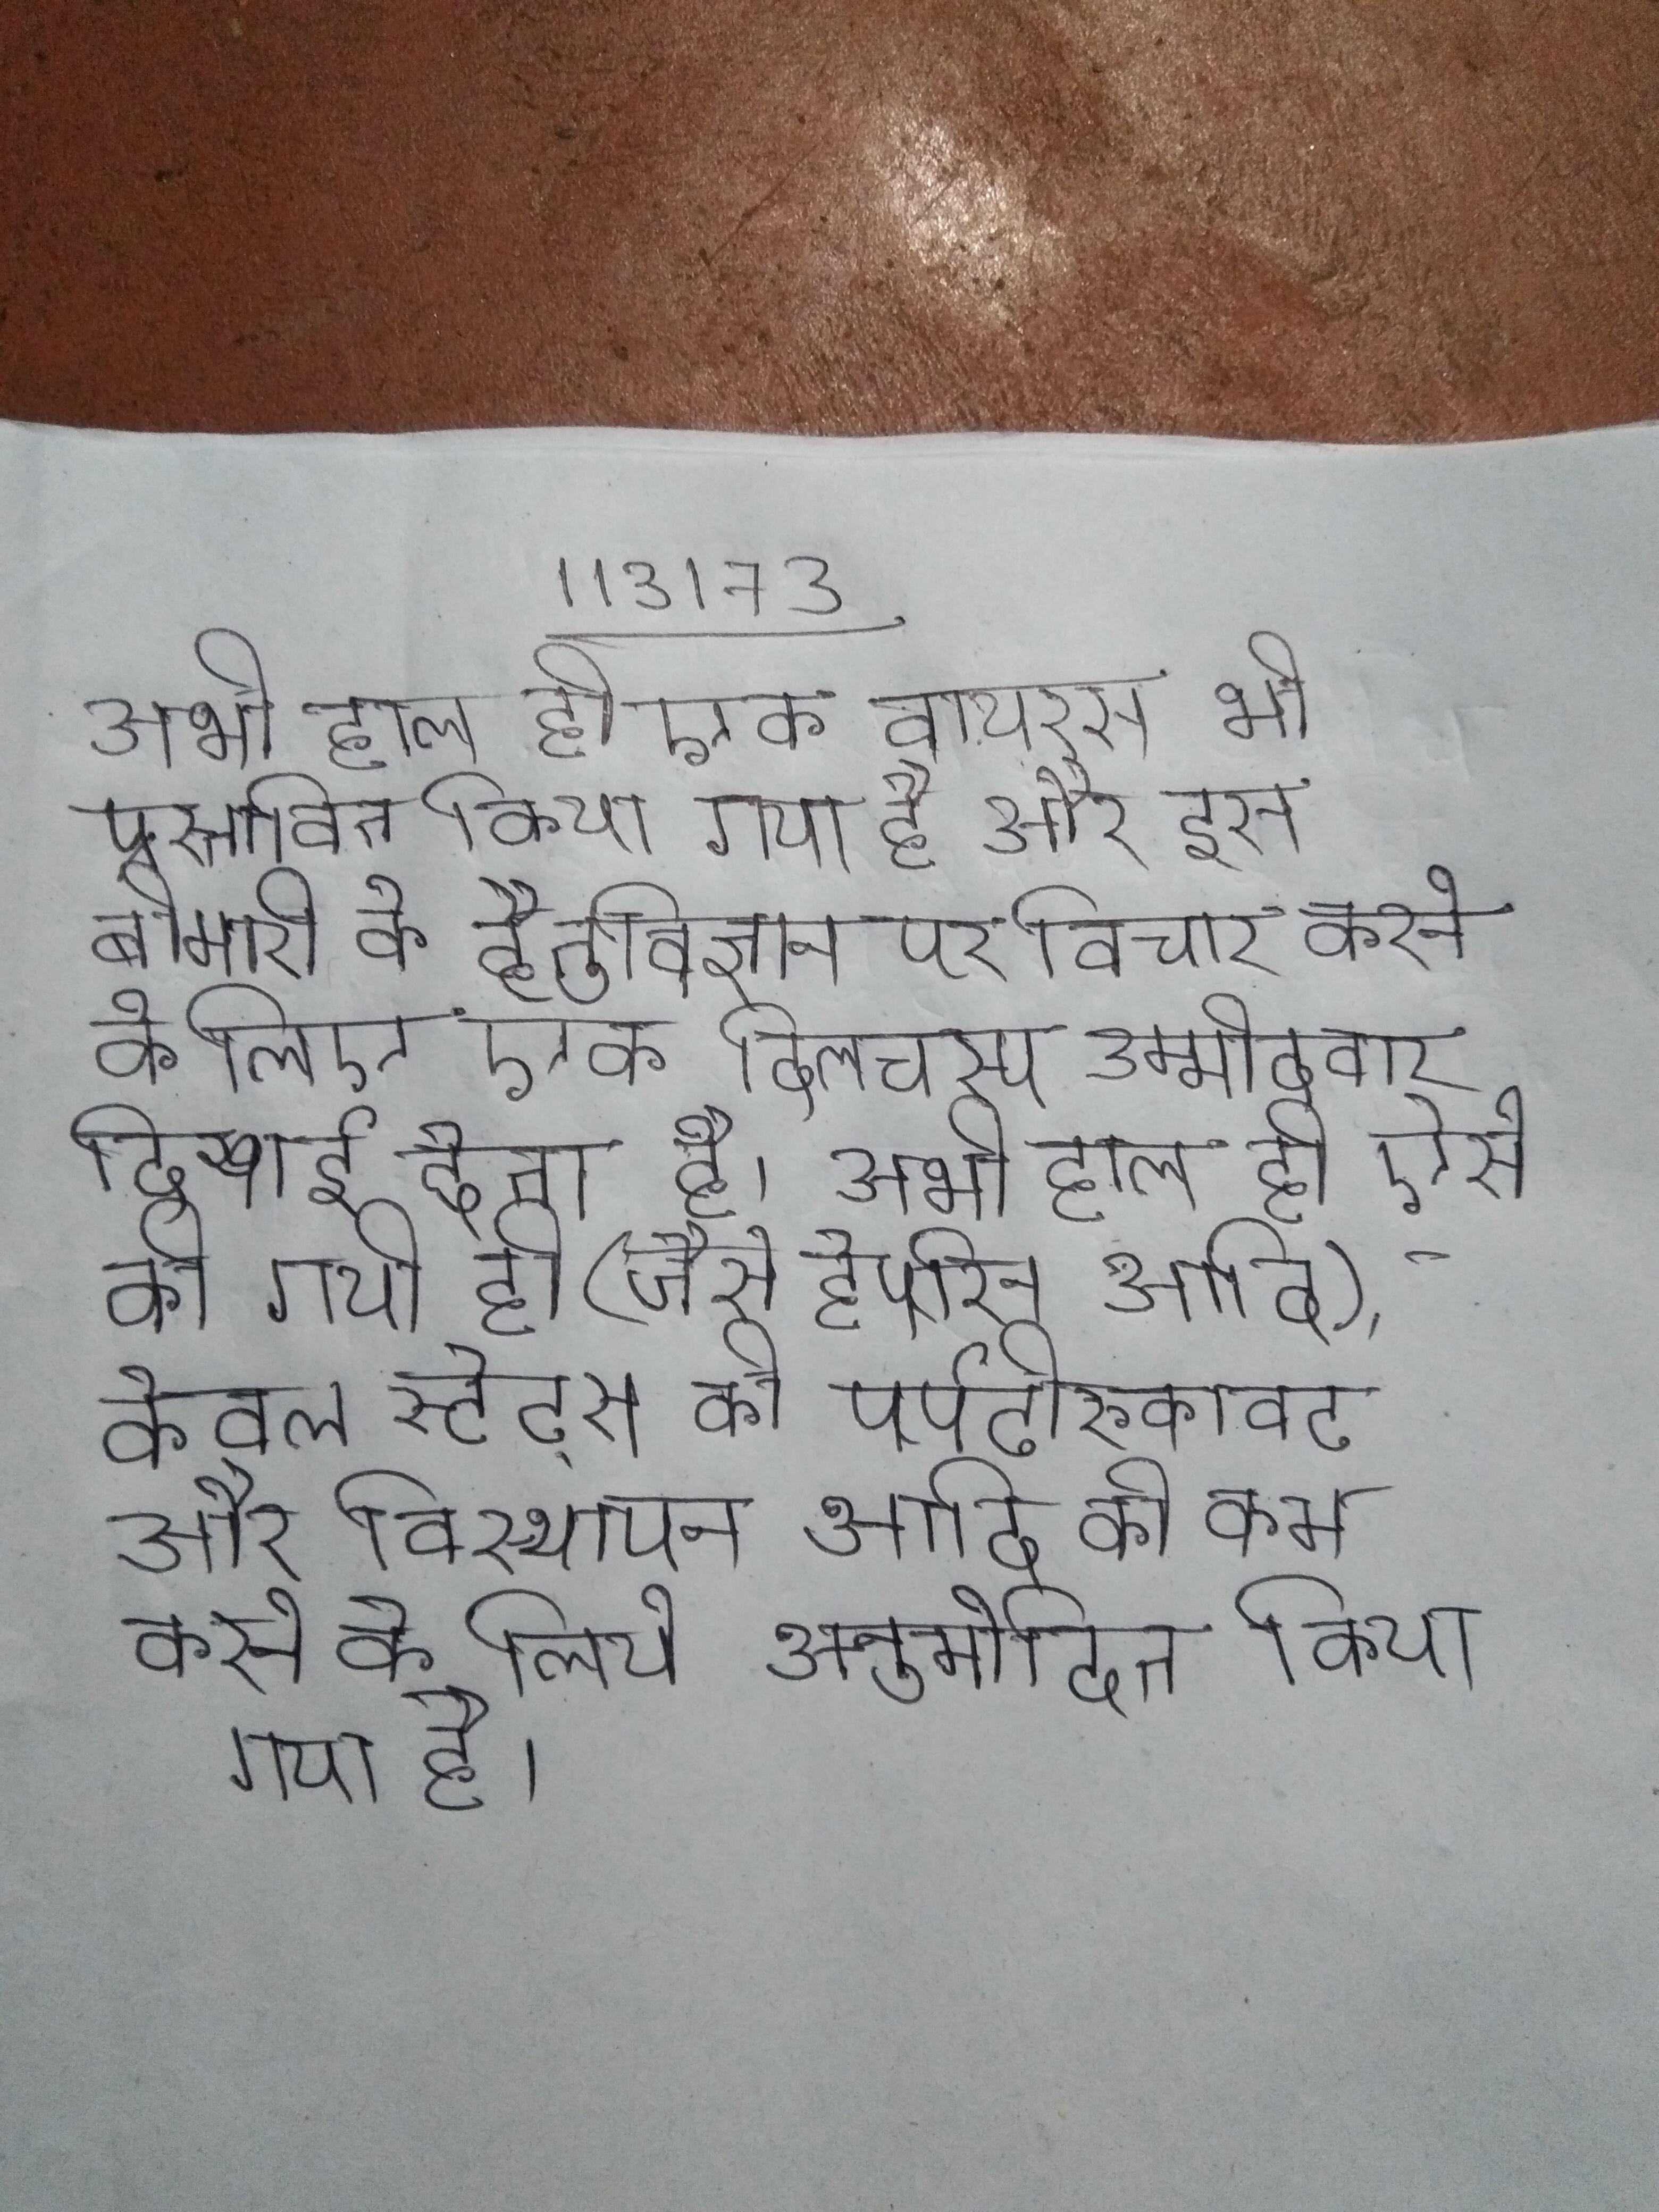
अभी हाल ही एक वायरस भी प्रस्तावित किया गया है और इस बीमारी के हेतुविज्ञान पर विचार करने के लिए एक दिलचस्प उम्मीदवार दिखाई देता है । अभी हाल ही ऐसे की गयी हो (जैसे हेपरिन आदि), केवल स्टेट्स को पर्पटी-रुकावट और विस्थापन आदि को कम करने के लिये अनुमोदित किया गया है ।